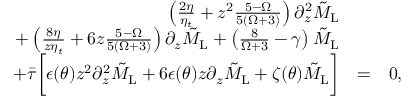
\begin{array} { r l r } { \left( \frac { 2 \eta } { \eta _ { t } } + z ^ { 2 } \frac { 5 - \Omega } { 5 ( \Omega + 3 ) } \right) \partial _ { z } ^ { 2 } \tilde { M } _ { \mathrm { L } } } & { } & \\ { + \left( \frac { 8 \eta } { z \eta _ { t } } + 6 z \frac { 5 - \Omega } { 5 ( \Omega + 3 ) } \right) \partial _ { z } \tilde { M } _ { \mathrm { L } } + \left( \frac { 8 } { \Omega + 3 } - \gamma \right) \tilde { M } _ { \mathrm { L } } } & { } & \\ { + \Bar { \tau } \bigg [ \epsilon ( \theta ) z ^ { 2 } \partial _ { z } ^ { 2 } \tilde { M } _ { \mathrm { L } } + 6 \epsilon ( \theta ) z \partial _ { z } \tilde { M } _ { \mathrm { L } } + \zeta ( \theta ) \tilde { M } _ { \mathrm { L } } \bigg ] } & { = } & { 0 , } \end{array}